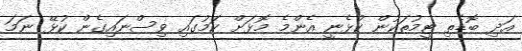
އަދި ބޮޑެތި ޓީމުތަކުން ކުޅެނީ އެންމެ މޮޅަށް ކަމުގައި ވިސްނައިގެން ކުޅޭ ނަމަ